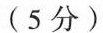
(5分)